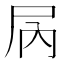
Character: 𫵓